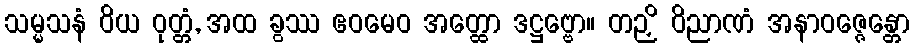
သမ္မသနံ ဝိယ ဝုတ္တံ, အထ ခွဿ ဧဝမေဝ အတ္ထော ဒဋ္ဌဗ္ဗော။ တဉှိ ဝိညာဏံ အနာဝဇ္ဇေန္တော